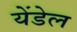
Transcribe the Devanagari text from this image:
येंडेल